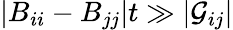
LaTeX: |B_{ii}-B_{jj}|t\gg|{\cal G}_{ij}|